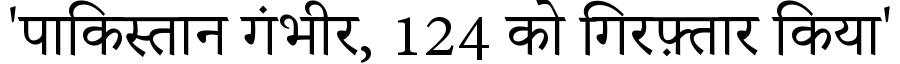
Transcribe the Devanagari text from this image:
'पाकिस्तान गंभीर, 124 को गिरफ़्तार किया'